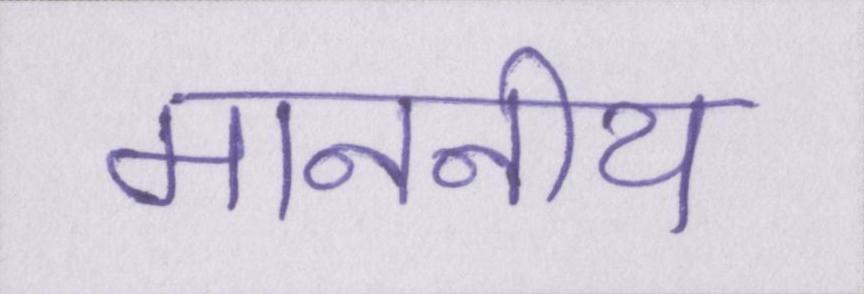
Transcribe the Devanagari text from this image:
माननीय